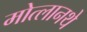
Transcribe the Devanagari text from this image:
मोत्लानथे